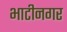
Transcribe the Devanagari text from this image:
भाटीनगर